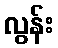
လွန်း